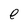
Character: e